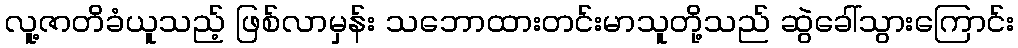
လူ့ဇာတိခံယူသည့် ဖြစ်လာမှန်း သဘောထားတင်းမာသူတို့သည် ဆွဲခေါ်သွားကြောင်း